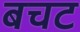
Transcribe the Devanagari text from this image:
बचट